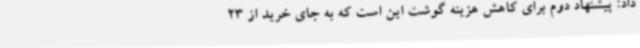
داد: پیشنهاد دوم برای کاهش هزینه گوشت این است که به جای خرید از 23